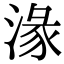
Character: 湪